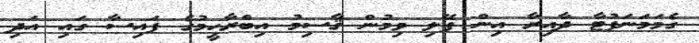
ގެމަމަނަފުޓާ ދާއިރާ އިން ފޭލި ވިމުން ޤާސިމު އިބްރާހީމުގެ ފައިސާ ގައި އަދި